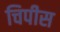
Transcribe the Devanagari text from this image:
चिपीस